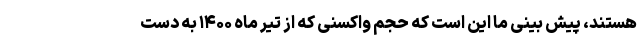
هستند، پیش بینی ما این است که حجم واکسنی که از تیر ماه ۱۴۰۰ به دست